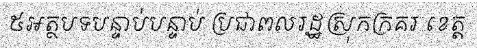
៥អត្ថបទបន្ទាប់បន្ទាប់ ប្រជាពលរដ្ឋស្រុកក្រគរ ខេត្ត